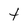
Character: t